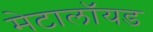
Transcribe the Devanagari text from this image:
मेटालॉयड